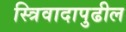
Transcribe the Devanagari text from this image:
स्त्रिवादापुढील